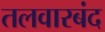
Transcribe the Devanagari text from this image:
तलवारबंद